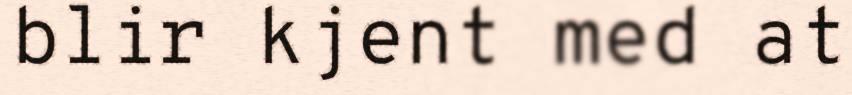
blir kjent med at